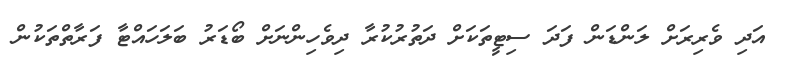
އަދި ވެރިރަށް ލަންޑަން ފަދަ ސިޓީތަކަށް ދަތުރުކުރާ ދިވެހިންނަށް ބޯޑަރު ބަލަހައްޓާ ފަރާތްތަކުން